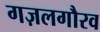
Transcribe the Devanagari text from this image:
गज़लगौरव